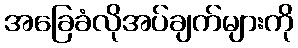
အခြေခံလိုအပ်ချက်များကို